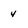
Character: y